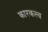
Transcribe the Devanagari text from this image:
कारकत्त्व